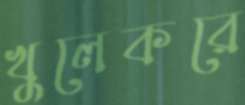
খুলেকরে